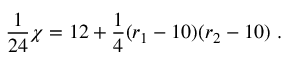
{ \frac { 1 } { 2 4 } } \chi = 1 2 + { \frac { 1 } { 4 } } ( r _ { 1 } - 1 0 ) ( r _ { 2 } - 1 0 ) ~ .